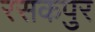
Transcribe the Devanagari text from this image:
रसकपुर